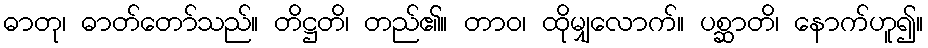
ဓာတု၊ ဓာတ်တော်သည်။ တိဋ္ဌတိ၊ တည်၏။ တာဝ၊ ထိုမျှလောက်။ ပစ္ဆာတိ၊ နောက်ဟူ၍။